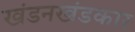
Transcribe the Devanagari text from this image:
खंडनखंडकार